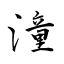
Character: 潼